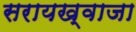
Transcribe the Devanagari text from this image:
सरायख्वाजा